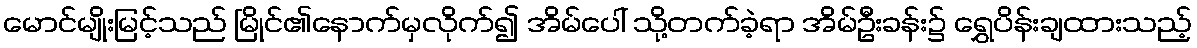
မောင်မျိုးမြင့်သည် မြိုင်၏နောက်မှလိုက်၍ အိမ်ပေါ် သို့တက်ခဲ့ရာ အိမ်ဦးခန်း၌ ရွှေပိန်းချထားသည့်